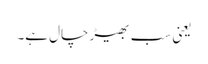
یعنی سب بھیڑ چال ہے۔